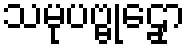
သမုပဗ္ဗုဠှော